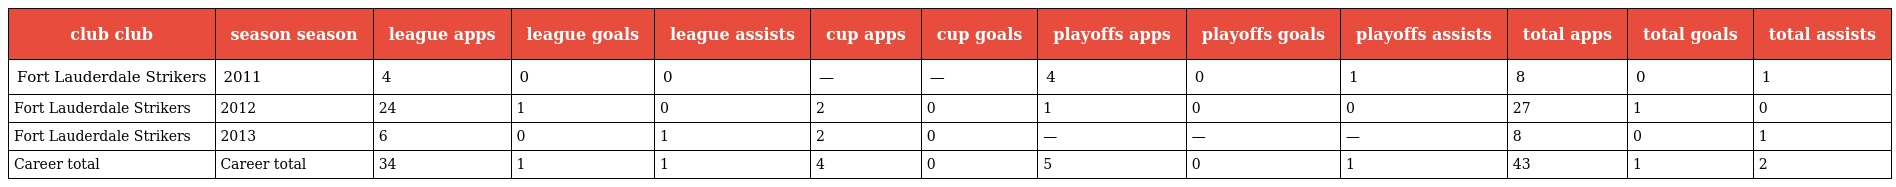
| club club | season season | league apps | league goals | league assists | cup apps | cup goals | playoffs apps | playoffs goals | playoffs assists | total apps | total goals | total assists |
 | --- | --- | --- | --- | --- | --- | --- | --- | --- | --- | --- | --- | --- |
 | Fort Lauderdale Strikers | 2011 | 4 | 0 | 0 | — | — | 4 | 0 | 1 | 8 | 0 | 1 |
 | Fort Lauderdale Strikers | 2012 | 24 | 1 | 0 | 2 | 0 | 1 | 0 | 0 | 27 | 1 | 0 |
 | Fort Lauderdale Strikers | 2013 | 6 | 0 | 1 | 2 | 0 | — | — | — | 8 | 0 | 1 |
 | Career total | Career total | 34 | 1 | 1 | 4 | 0 | 5 | 0 | 1 | 43 | 1 | 2 |